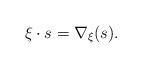
LaTeX: \begin{align*}\xi \cdot s = \nabla_{\xi}(s) .\end{align*}